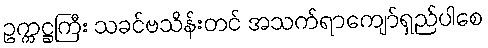
ဥက္ကဋ္ဌကြီး သခင်ဗသိန်းတင် အသက်ရာကျော်ရှည်ပါစေ